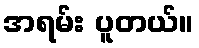
အရမ်း ပူတယ်။